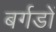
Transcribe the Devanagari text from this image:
बर्गडों